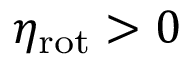
\eta _ { \mathrm { r o t } } > 0